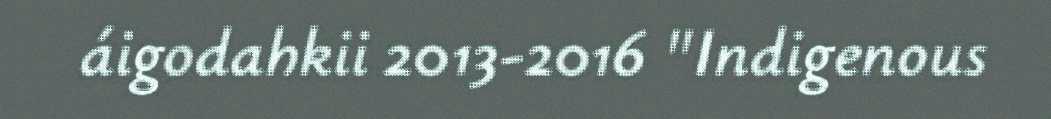
áigodahkii 2013-2016 "Indigenous